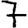
Digit: 7